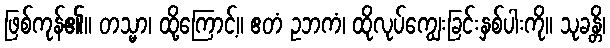
ဖြစ်ကုန်၏။ တသ္မာ၊ ထို့ကြောင့်။ ဧတံ ဥဘကံ၊ ထိုလုပ်ကျွေးခြင်းနှစ်ပါးကို။ သုခန္တိ၊